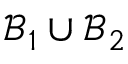
\mathcal { B } _ { 1 } \cup \mathcal { B } _ { 2 }